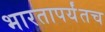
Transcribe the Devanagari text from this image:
भारतापर्यंतच